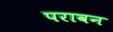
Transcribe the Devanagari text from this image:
परावन